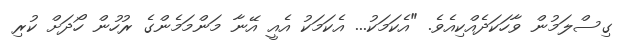
ގިސްލަމުން ވާހަކަދެއްކިއެވެ. "އެކަމަކު... އެކަމަކު އެއީ އޭނާ މަންމަމެންގެ ރުހުން ހޯދަށް ކުރި